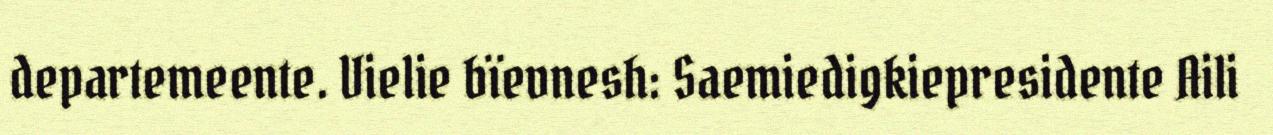
departemeente. Vielie bïevnesh: Saemiedigkiepresidente Aili